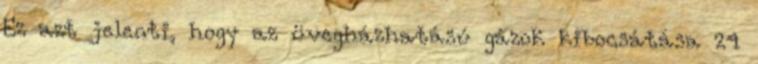
Ez azt jelenti, hogy az üvegházhatású gázok kibocsátása 24